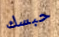
حبسك